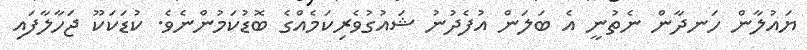
ޔައުލާން ހަނދާން ނެތުނީ އެ ބަލަން އުފެދުނު ޝައުގުވެރިކަމެއްގެ ބޮޑުކަމުންނެވެ. ކުޑަކަކޫ ޖަހާލާފައި